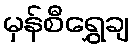
မှန်စီရွှေချ